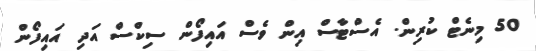
50 މިނެޓް ކުރިން. އެސްޓާސް އިން ވެސް އައިފޯން ސިކްސް އަދި އައިފޯން